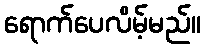
ရောက်ပေလိမ့်မည်။